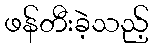
ဖန်တီးခဲ့သည့်